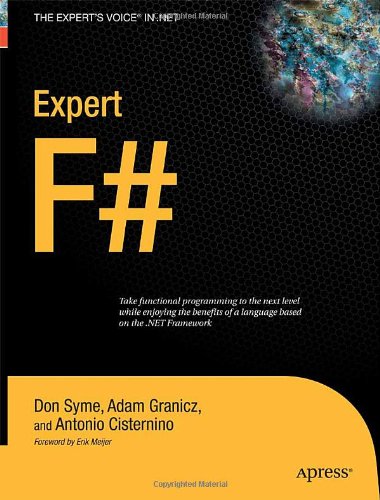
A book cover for Expert F# (Expert's Voice in .NET); Antonio Cisternino; Computers & Technology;